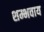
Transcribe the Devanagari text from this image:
शम्भवाय